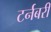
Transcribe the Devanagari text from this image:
टर्नबरी